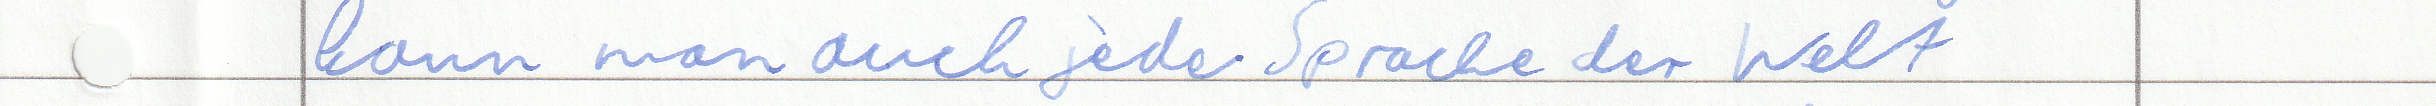
kann man auch jede Sprache der Welt